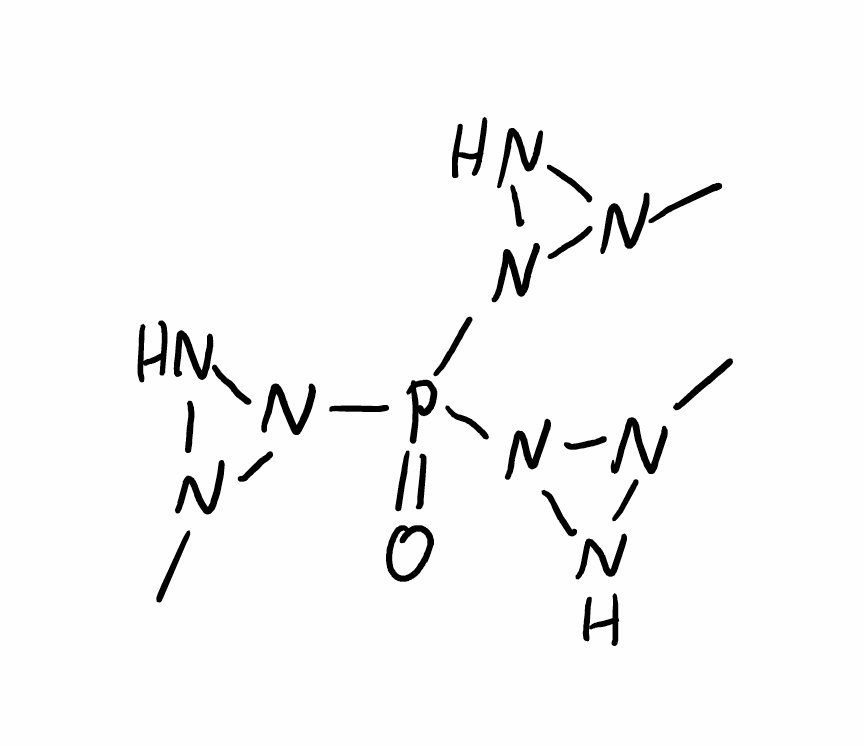
Simplified molecular-input line-entry system (SMILES) notation of the given molecule:
CN1NN1P(=O)(N2NN2C)N3NN3C